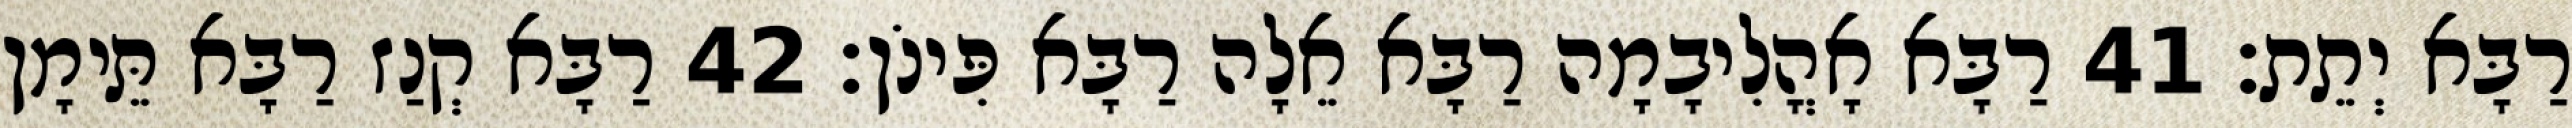
רַבָּא יְתֵת׃ 41 רַבָּא אָהֳלִיבָמָה רַבָּא אֵלָה רַבָּא פִּינֹן׃ 42 רַבָּא קְנַז רַבָּא תֵּימָן